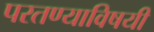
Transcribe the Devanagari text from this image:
परतण्याविषयी